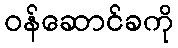
ဝန်ဆောင်ခကို